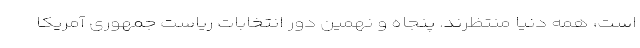
است، همه دنیا منتظرند. پنجاه و نهمین دور انتخابات ریاست جمهوری آمریکا